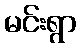
မင်းရွာ